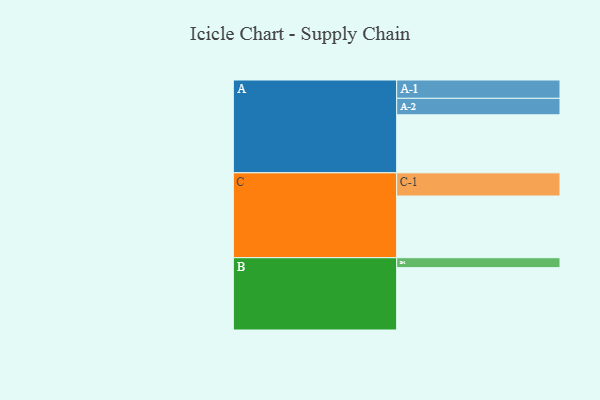
{"axis": {"x": "Segment", "y": "Value"}, "legend": ["", "A", "B", "C"], "data": [{"x": "A", "y": 526, "type": ""}, {"x": "B", "y": 565, "type": ""}, {"x": "C", "y": 559, "type": ""}, {"x": "A-1", "y": 166, "type": "A"}, {"x": "A-2", "y": 149, "type": "A"}, {"x": "B-1", "y": 90, "type": "B"}, {"x": "C-1", "y": 210, "type": "C"}]}